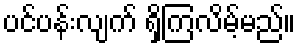
ပင်ပန်းလျက် ရှိကြလိမ့်မည်။